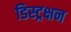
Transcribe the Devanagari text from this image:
डिस्ट्रक्षन